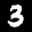
Label: 3